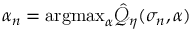
\alpha _ { n } = \mathrm { a r g m a x } _ { \alpha } \hat { \mathcal { Q } } _ { \boldsymbol { \eta } } ( \sigma _ { n } , \alpha )